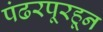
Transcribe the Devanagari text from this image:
पंढरपूरहून